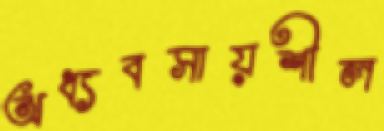
অধ্যবসায়শীল